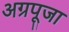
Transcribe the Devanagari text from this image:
अग्रपूजा